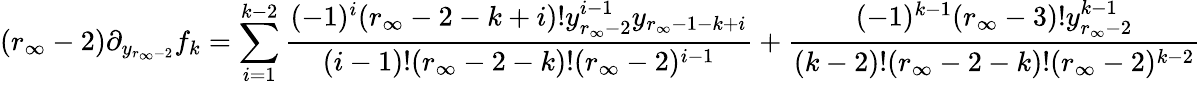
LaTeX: (r_{\infty}-2)\partial_{y_{r_{\infty}-2}}f_{k}=\sum_{i=1}^{k-2}\frac{(-1)^{i}(r_{\infty}-2-k+i)!y_{r_{\infty}-2}^{i-1}y_{r_{\infty}-1-k+i}}{(i-1)!(r_{\infty}-2-k)!(r_{\infty}-2)^{i-1}}+\frac{(-1)^{k-1}(r_{\infty}-3)!y_{r_{\infty}-2}^{k-1}}{(k-2)!(r_{\infty}-2-k)!(r_{\infty}-2)^{k-2}}